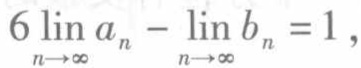
$\lim\limits_{n \to \infty}a_{n}-\lim\limits_{n \to \infty}b_{n}=1$